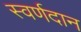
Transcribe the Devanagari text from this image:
स्वर्णदान